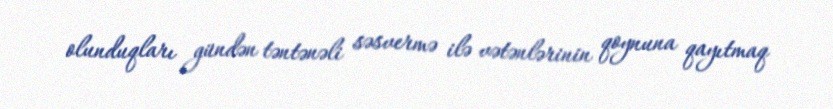
olunduqları gündən təntənəli səsvermə ilə vətənlərinin qoynuna qayıtmaq